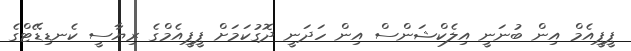
ޕީޕީއެމް އިން ބުނަނީ އިލެކްޝަންސް އިން ހަދަނީ ދޮގުކަމަށް ޕީޕީއެމްގެ ރިޔާސީ ކެނޑިޑޭޓްގެ